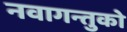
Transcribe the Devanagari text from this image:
नवागन्तुको